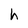
Character: h